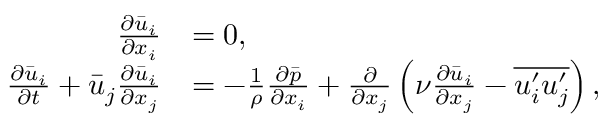
\begin{array} { r l } { \frac { \partial \bar { u } _ { i } } { \partial x _ { i } } } & { = 0 , } \\ { \frac { \partial \bar { u } _ { i } } { \partial t } + \bar { u } _ { j } \frac { \partial \bar { u } _ { i } } { \partial x _ { j } } } & { = - \frac { 1 } { \rho } \frac { \partial \bar { p } } { \partial x _ { i } } + \frac { \partial } { \partial x _ { j } } \left( \nu \frac { \partial \bar { u } _ { i } } { \partial x _ { j } } - \overline { { u _ { i } ^ { \prime } u _ { j } ^ { \prime } } } \right) , } \end{array}